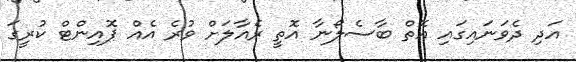
އަދި ދެވަނައިގައި އޮތް ބާސެލޯނާ އޮތީ ރެއާލަށް ވުރެ އެއް ޕޮއިންޓް ކުރީގަ